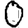
Digit: 0